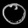
Digit: ၀